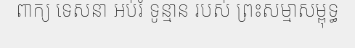
ពាក្យ ទេសនា អប់រំ ទូន្មាន របស់ ព្រះសម្មាសម្ពុទ្ធ